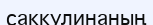
саккулинаның